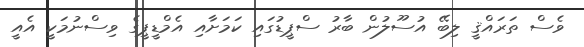
ވެސް ތަރައްޤީ ލިބޭ އުސޫލުން ބާރު ސްޕީޑުގައި ކަމަށާއި އެމްޑީޕީގެ ވިސްނުމަކީ އެއީ